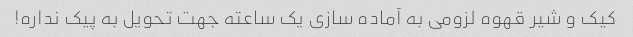
کیک و شیر قهوه لزومی به آماده سازی یک ساعته جهت تحویل به پیک نداره!